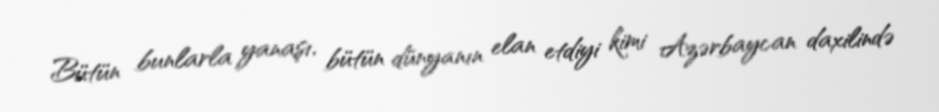
Bütün bunlarla yanaşı, bütün dünyanın elan etdiyi kimi Azərbaycan daxilində